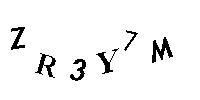
ZR3Y7M